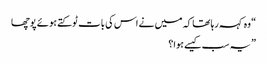
“ وہ کہہ رہا تھا کہ میں نے اس کی بات ٹوکتے ہوئے پوچھا
” یہ سب کیسے ہوا؟